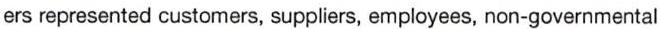
ers represented customers, suppliers, employees, non-governmental